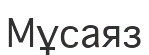
Мұсаяз